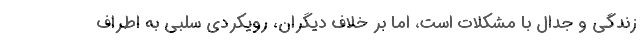
زندگي و جدال با مشکلات است، اما بر خلاف ديگران، رويکردي سلبي به اطراف